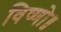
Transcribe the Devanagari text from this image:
विष्णो॥